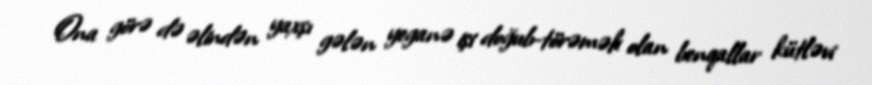
Ona görə də əlindən yaxşı gələn yeganə işi doğub-törəmək olan benqallar kütləvi